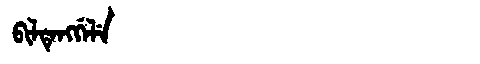
Manchu: ᠪᡳᠯᡨᡝᠩᡤᡝᠯᡝ
Romanization: BILTENGGELE